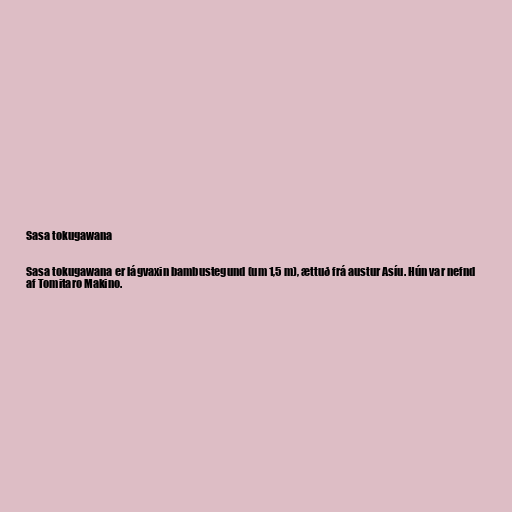
Sasa tokugawana

Sasa tokugawana er lágvaxin bambustegund (um 1,5 m), ættuð frá austur Asíu. Hún var nefnd
af Tomitaro Makino.